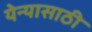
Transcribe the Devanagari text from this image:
येन्यासाठी